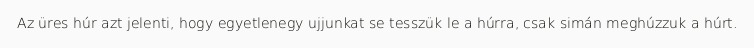
Az üres húr azt jelenti, hogy egyetlenegy ujjunkat se tesszük le a húrra, csak simán meghúzzuk a húrt.